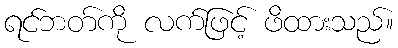
ရင်ဘတ်ကို လက်ဖြင့် ဖိထားသည်။